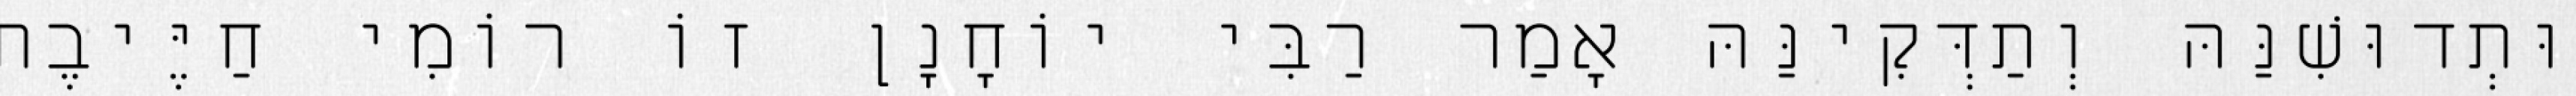
וּתְדוּשִׁנַּהּ וְתַדְּקִינַּהּ אָמַר רַבִּי יוֹחָנָן זוֹ רוֹמִי חַיֶּיבֶת